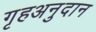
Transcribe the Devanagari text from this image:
गृहअनुदान